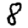
Digit: 8